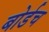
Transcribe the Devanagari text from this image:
बोर्डच